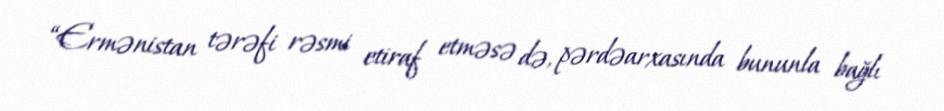
“Ermənistan tərəfi rəsmi etiraf etməsə də, pərdəarxasında bununla bağlı